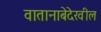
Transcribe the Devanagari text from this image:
वातानाबेदेखील